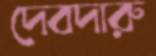
দেবদারু